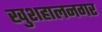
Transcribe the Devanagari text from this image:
खुशहालनगर